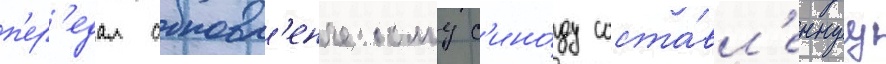
п'ер'едал обновл'енческому с'ино́ду соста́вл'еннуу